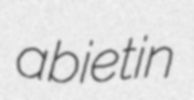
abietin